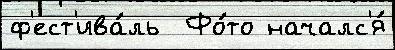
ф'ест'ива́ль  Фо́то началс'я́